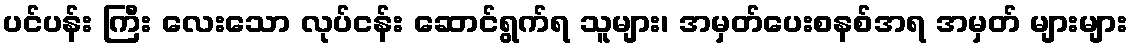
ပင်ပန်း ကြီး လေးသော လုပ်ငန်း ဆောင်ရွက်ရ သူများ၊ အမှတ်ပေးစနစ်အရ အမှတ် များများ